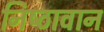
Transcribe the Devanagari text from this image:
निष्‍ठावान